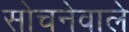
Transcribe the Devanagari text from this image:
सोचनेवाले